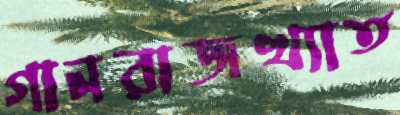
গানরাজখ্যাত